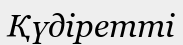
Қүдіретті